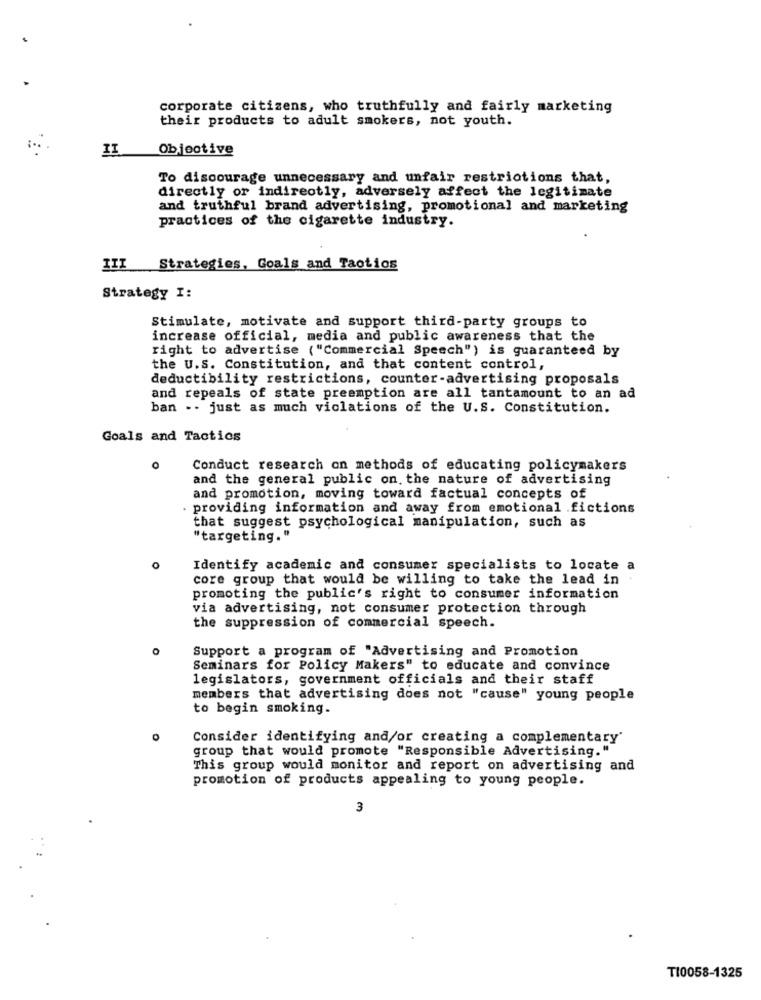
corporate citizens, who truthfully and fairly marketing
their products to adult smokers, not youth.
II
Objective
To discourage unnecessary and unfair restrictions that,
directly or indirectly, adversely affect the legitimate
and truthful brand advertising, promotional and marketing
practices of the cigarette industry.
Strategies, Goals and Tactics
Strategy I:
Stimulate, motivate and support third-party groups to
increase official, media and public awareness that the
right to advertise ("Commercial Speech") is guaranteed by
the U.S. Constitution, and that content control,
deductibility restrictions, counter-advertising proposals
and repeals of state preemption are all tantamount to an ad
ban .. just as much violations of the U.S. Constitution.
Goals and Tactics
O
Conduct research on methods of educating policymakers
and the general public on. the nature of advertising
and promotion, moving toward factual concepts of
. providing information and away from emotional .fictions
that suggest psychological manipulation, such as
"targeting."
Identify academic and consumer specialists to locate a
core group that would be willing to take the lead in
promoting the public's right to consumer information
via advertising, not consumer protection through
the suppression of commercial speech.
O
Support a program of "Advertising and Promotion
Seminars for Policy Makers" to educate and convince
legislators, government officials and their staff
members that advertising does not "cause" young people
to begin smoking.
Consider identifying and/or creating a complementary'
group that would promote "Responsible Advertising."
This group would monitor and report on advertising and
promotion of products appealing to young people.
3
TI0058-1325